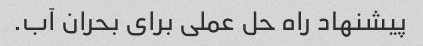
پیشنهاد راه حل عملی برای بحران آب.